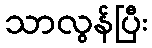
သာလွန်ပြီး